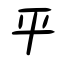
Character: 平